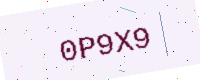
Text: 0P9X9